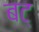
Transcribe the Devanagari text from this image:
बट्